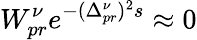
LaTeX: W_{pr}^{\nu}e^{-(\Delta_{pr}^{\nu})^{2}s}\approx 0